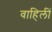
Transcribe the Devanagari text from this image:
वाहिलीं